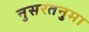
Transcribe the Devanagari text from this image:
नुसरतनुमा